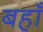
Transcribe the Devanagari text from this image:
बहाँ